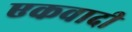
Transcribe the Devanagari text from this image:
एकवादी